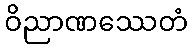
ဝိညာဏဿေတံ